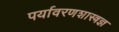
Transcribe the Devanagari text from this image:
पर्यावरणशास्त्रज्ञ